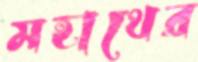
মহাথের